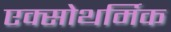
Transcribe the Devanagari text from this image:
एक्सोथर्मिक